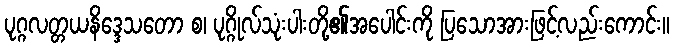
ပုဂ္ဂလတ္တယနိဒ္ဒေသတော စ၊ ပုဂ္ဂိုလ်သုံးပါးတို့၏အပေါင်းကို ပြသောအားဖြင့်လည်းကောင်း။